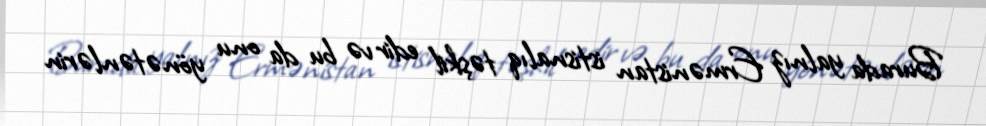
Burada yalnız Ermənistan istisnalıq təşkil edir və bu da onu yönətənlərin